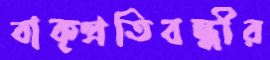
বাক্প্রতিবন্ধীর